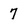
Character: 7